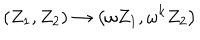
\left( Z _ { 1 } , Z _ { 2 } \right) \rightarrow \left( \omega Z _ { 1 } , \omega ^ { k } Z _ { 2 } \right)